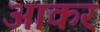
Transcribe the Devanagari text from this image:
अाकर